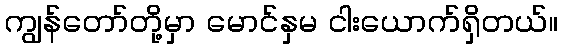
ကျွန်တော်တို့မှာ မောင်နှမ ငါးယောက်ရှိတယ်။